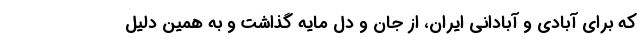
که برای آبادی و آبادانی ایران، از جان و دل مایه گذاشت و به همین دلیل